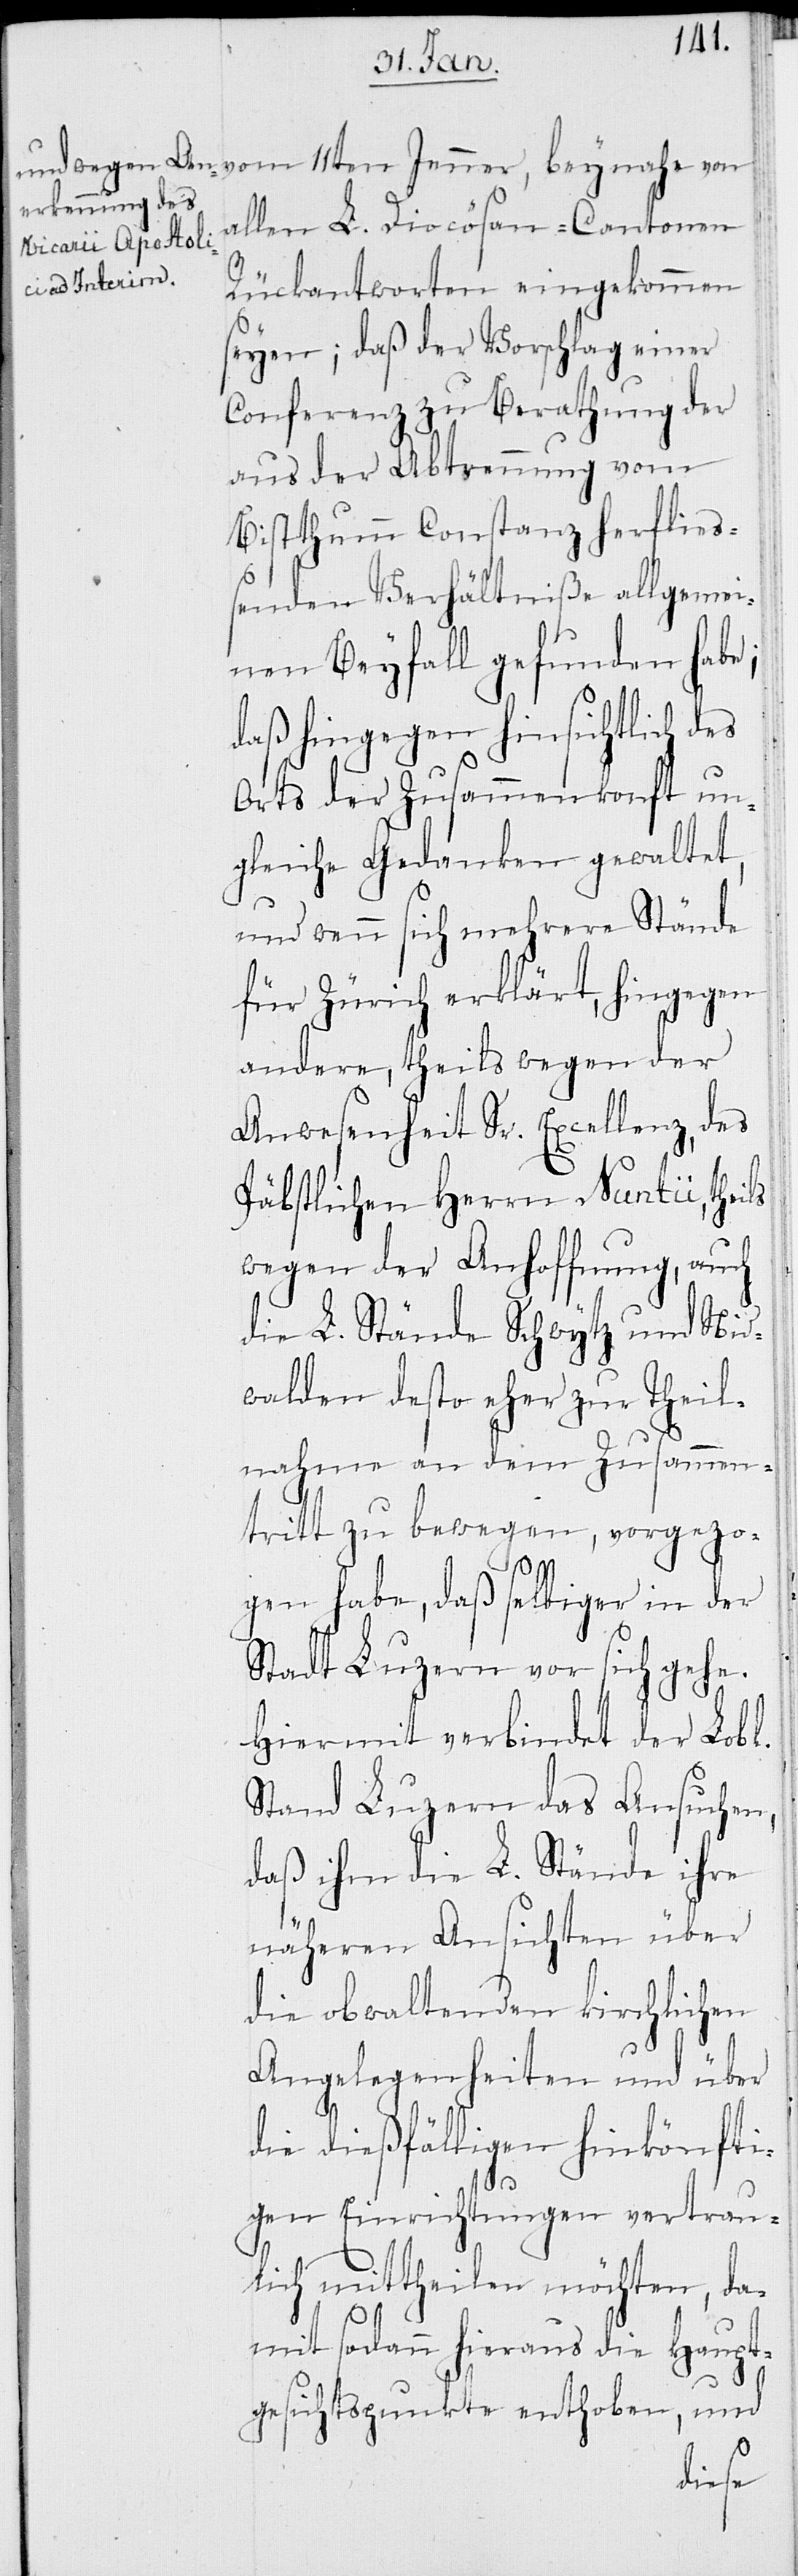
11ten
allen L. Diocösan-Cantonen
Rückantworten eingekommen
seyen; daß der Vorschlag einer
Conferenz zu Berathung der
aus der Abtrennung vom
Bistthumm Constanz herflie¬
ßenden Verhältniße allgemei¬
nen Beyfall gefunden habe;
daß hingegen hinsichtlich des
Orts der Zusammenkunft un¬
gleiche Gedanken gewaltet,
und wenn sich mehrere Stände
für Zürich erklärt, hingegen
andere, theils wegen der
Anwesenheit Sr. Excellenz, des
Päbstlichen Herrn Nuntii, theils
wegen der Anhoffnung, auch
die L. Stände Schwytz und Nid¬
walden desto eher zur Theil¬
nahme an dem Zusammen¬
tritt zu bewegen, vorgezo¬
gen habe, daß selbiger in der
Stadt Luzern vor sich gehe.
Hiermit verbindet der Lobl.
Stand Luzern das Ansuchen,
daß ihm die L. Stände ihre
näheren Ansichten über
die obwaltenden kirchlichen
Angelegenheiten und über
die dießfälligen hinkönfti¬
gen Einrichtungen vertrau¬
lich mittehilen möchten, da¬
mit sodann hieraus die Haupt¬
gesichtspunkte enthoben, und